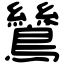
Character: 鷥